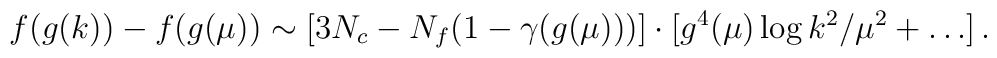
f(g(k))-f(g(\mu))\sim[3N_c-N_f(1-\gamma(g(\mu)))]\cdot[g^4(\mu)\log k^2/\mu^2 +\ldots]\,.